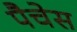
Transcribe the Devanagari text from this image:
पैचेस